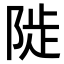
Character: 𨺗